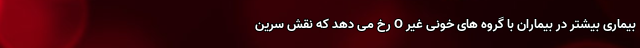
بیماری بیشتر در بیماران با گروه های خونی غیر O رخ می دهد که نقش سرین